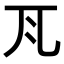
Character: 𭀝